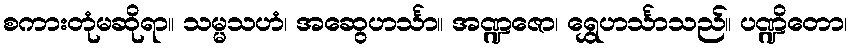
စကားတုံမဆိုရာ။ သမ္မသဟံ၊ အဆွေဟင်္သာ။ အဏ္ဍဇော၊ ရွှေဟင်္သာသည်။ ပဏ္ဍိတော၊